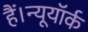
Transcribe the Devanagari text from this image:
हैं।न्यूयॉर्क